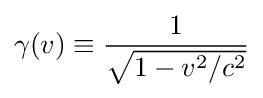
\gamma (v)\equiv {\frac {1}{\sqrt {1-v^{2}/c^{2}}}}